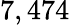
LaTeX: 7,474